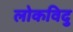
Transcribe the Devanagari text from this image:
लोकविदु